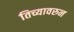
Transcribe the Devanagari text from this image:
तिच्यावरुन